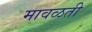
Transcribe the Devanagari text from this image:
मावळती